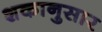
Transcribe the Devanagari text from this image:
शकानुसार